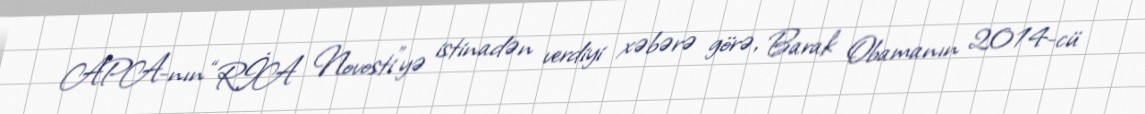
APA-nın “RİA Novosti”yə istinadən verdiyi xəbərə görə, Barak Obamanın 2014-cü